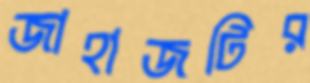
জাহাজটির